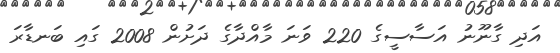
އަދި ގާނޫނު އަސާސީގެ 220 ވަނަ މާއްދާގެ ދަށުން 2008 ގައި ބަނޑާރަ